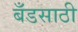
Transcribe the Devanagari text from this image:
बँडसाठी